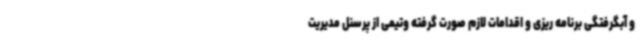
و آبگرفتگی برنامه ریزی و اقدامات لازم صورت گرفته وتیمی از پرسنل مدیریت